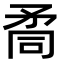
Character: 𥍩